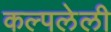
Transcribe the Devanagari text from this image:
कल्पलेली